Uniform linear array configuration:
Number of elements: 64
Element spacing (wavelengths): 1
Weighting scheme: uniform
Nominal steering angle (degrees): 30
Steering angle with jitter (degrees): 30.824
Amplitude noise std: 0.05
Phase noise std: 0.05

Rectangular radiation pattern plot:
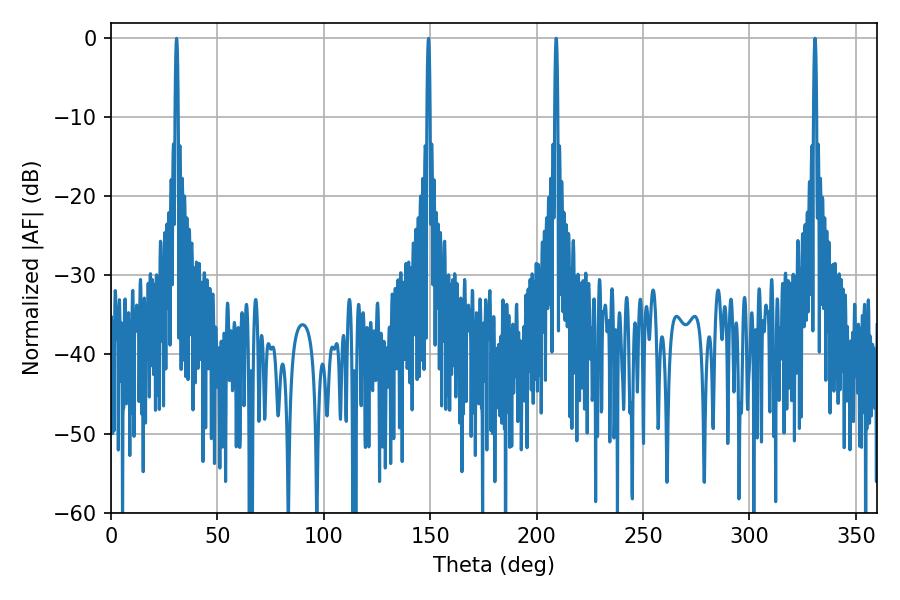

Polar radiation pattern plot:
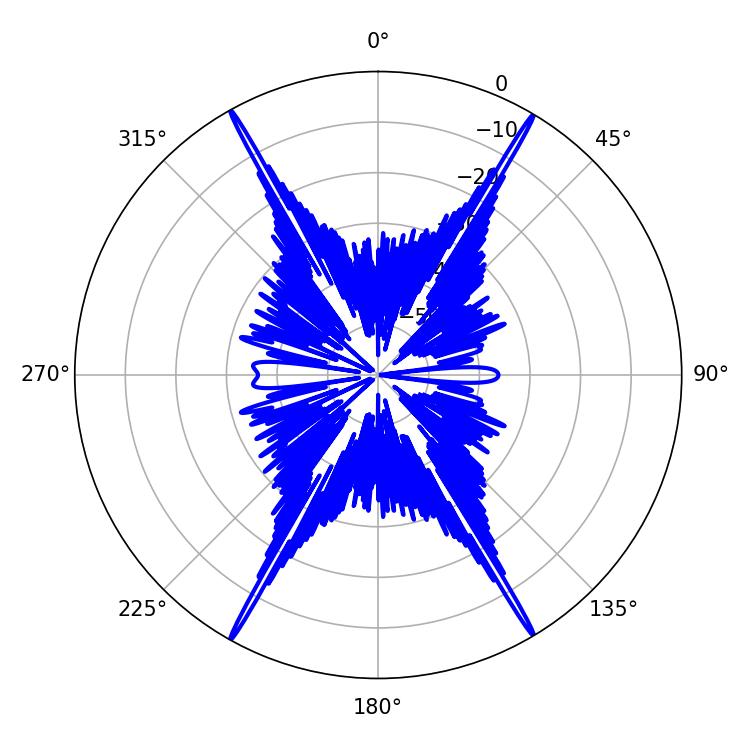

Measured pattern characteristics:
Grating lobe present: TRUE
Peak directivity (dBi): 32.673
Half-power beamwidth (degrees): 0.72
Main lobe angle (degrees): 209.16